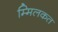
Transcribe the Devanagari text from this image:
म्मिलकत